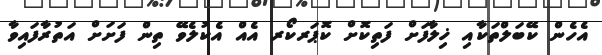
އެހެން ކޭބަލްތަކާއި ޚިލާފަށް ފަތިކޮށް ކޮޕަރކޯރ އެއް އެކުލެވޭ ތިން ފަށަށް އަތުރާފައިވާ